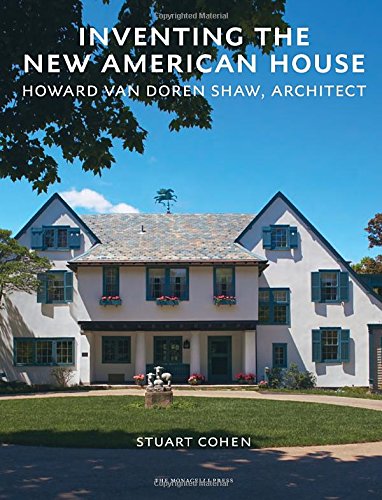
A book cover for Inventing the New American House: Howard Van Doren Shaw, Architect; Stuart Cohen; Arts & Photography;